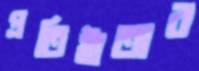
প্রতিষ্ঠাতার